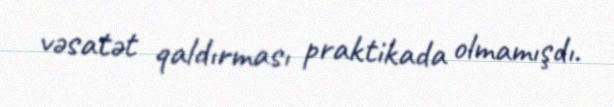
vəsatət qaldırması praktikada olmamışdı.